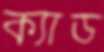
ক্যাড